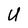
Character: U